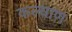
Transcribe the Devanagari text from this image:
कल्याण़